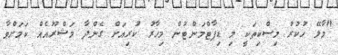
"މާލޭ ހުކުރު މިސްކިތަކީ މި ޑިޕާޓްމަންޓުން މިހާރު ކުރިއަށް ގެންދާ މަޝްރޫއެއް ކަމަށްވާ